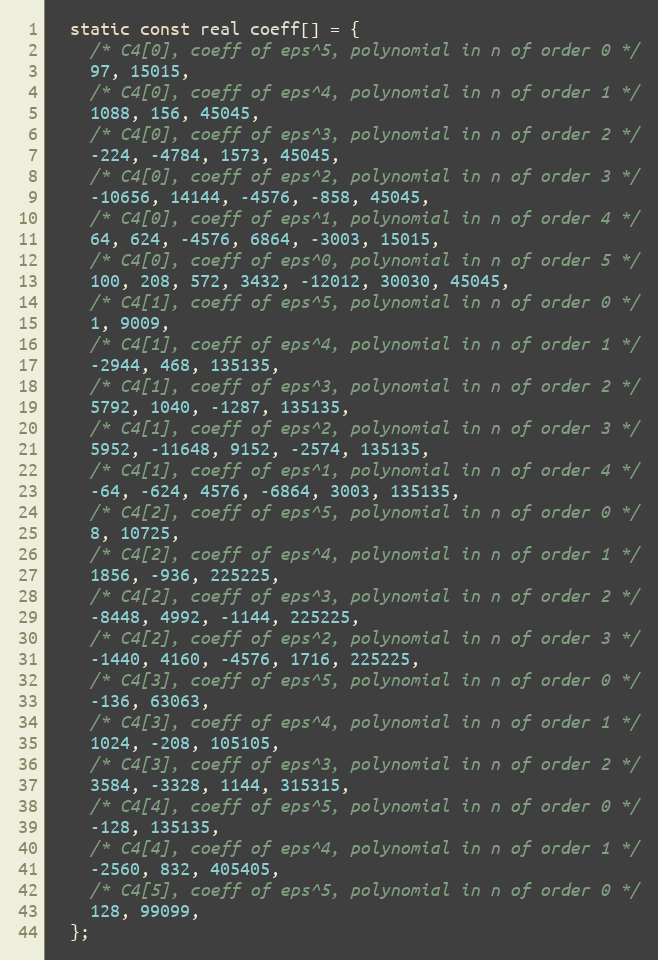
Language: C
  static const real coeff[] = {
    /* C4[0], coeff of eps^5, polynomial in n of order 0 */
    97, 15015,
    /* C4[0], coeff of eps^4, polynomial in n of order 1 */
    1088, 156, 45045,
    /* C4[0], coeff of eps^3, polynomial in n of order 2 */
    -224, -4784, 1573, 45045,
    /* C4[0], coeff of eps^2, polynomial in n of order 3 */
    -10656, 14144, -4576, -858, 45045,
    /* C4[0], coeff of eps^1, polynomial in n of order 4 */
    64, 624, -4576, 6864, -3003, 15015,
    /* C4[0], coeff of eps^0, polynomial in n of order 5 */
    100, 208, 572, 3432, -12012, 30030, 45045,
    /* C4[1], coeff of eps^5, polynomial in n of order 0 */
    1, 9009,
    /* C4[1], coeff of eps^4, polynomial in n of order 1 */
    -2944, 468, 135135,
    /* C4[1], coeff of eps^3, polynomial in n of order 2 */
    5792, 1040, -1287, 135135,
    /* C4[1], coeff of eps^2, polynomial in n of order 3 */
    5952, -11648, 9152, -2574, 135135,
    /* C4[1], coeff of eps^1, polynomial in n of order 4 */
    -64, -624, 4576, -6864, 3003, 135135,
    /* C4[2], coeff of eps^5, polynomial in n of order 0 */
    8, 10725,
    /* C4[2], coeff of eps^4, polynomial in n of order 1 */
    1856, -936, 225225,
    /* C4[2], coeff of eps^3, polynomial in n of order 2 */
    -8448, 4992, -1144, 225225,
    /* C4[2], coeff of eps^2, polynomial in n of order 3 */
    -1440, 4160, -4576, 1716, 225225,
    /* C4[3], coeff of eps^5, polynomial in n of order 0 */
    -136, 63063,
    /* C4[3], coeff of eps^4, polynomial in n of order 1 */
    1024, -208, 105105,
    /* C4[3], coeff of eps^3, polynomial in n of order 2 */
    3584, -3328, 1144, 315315,
    /* C4[4], coeff of eps^5, polynomial in n of order 0 */
    -128, 135135,
    /* C4[4], coeff of eps^4, polynomial in n of order 1 */
    -2560, 832, 405405,
    /* C4[5], coeff of eps^5, polynomial in n of order 0 */
    128, 99099,
  };